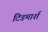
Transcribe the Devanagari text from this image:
टिडमार्श